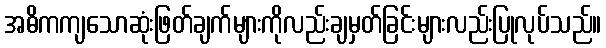
အဓိကကျသောဆုံးဖြတ်ချက်များကိုလည်းချမှတ်ခြင်းများလည်းပြုလုပ်သည်။